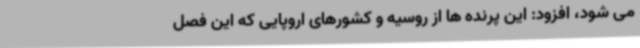
می شود، افزود: این پرنده ها از روسیه و کشورهای اروپایی که این فصل